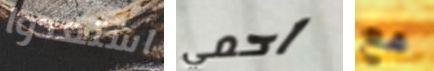
استعدوا احمي مع